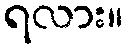
ရလား။